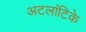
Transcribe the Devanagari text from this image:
अटलांटिके